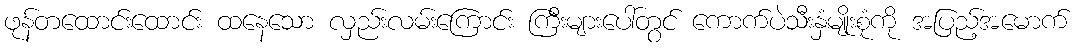
ဖုန်တထောင်းထောင်း ထနေသော လှည်းလမ်းကြောင်း ကြီးများပေါ်တွင် ကောက်ပဲသီးနှံမျိုးစုံကို အပြည့်အမောက်